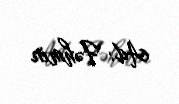
Ad: Fəhmin